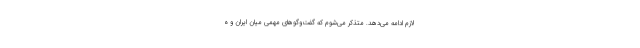
لازم ادامه می‌دهد. متذکر می‌شوم که گفت‌وگوهای مهمی میان ایران و ه